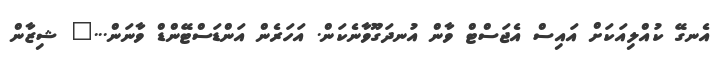
އެނގޭ ކުއްލިއަކަށް އައިސް އެޖަސްޓް ވާން އުނދަގޫވާނެކަން. އަހަރެން އަންޑަސްޓޭންޑް ވާނަން..." ޝިޒާން